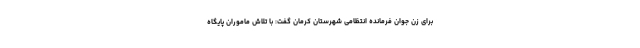
برای زن جوان فرمانده انتظامی شهرستان کرمان گفت: با تلاش ماموران پایگاه